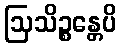
ဩသိဉ္စန္တေပိ